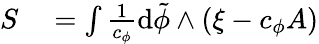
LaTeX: \begin{array}{rl}{S}&{{}=\int\frac{1}{c_{\phi}}\mathrm{d}\tilde{\phi}\wedge\left(\xi-c_{\phi}A\right)}\end{array}